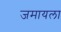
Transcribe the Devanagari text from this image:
जमायला